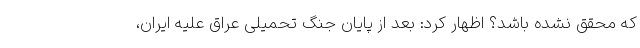
که محقق نشده باشد؟ اظهار کرد: بعد از پایان جنگ تحمیلی عراق علیه ایران،